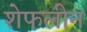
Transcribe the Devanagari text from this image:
शेफलीन